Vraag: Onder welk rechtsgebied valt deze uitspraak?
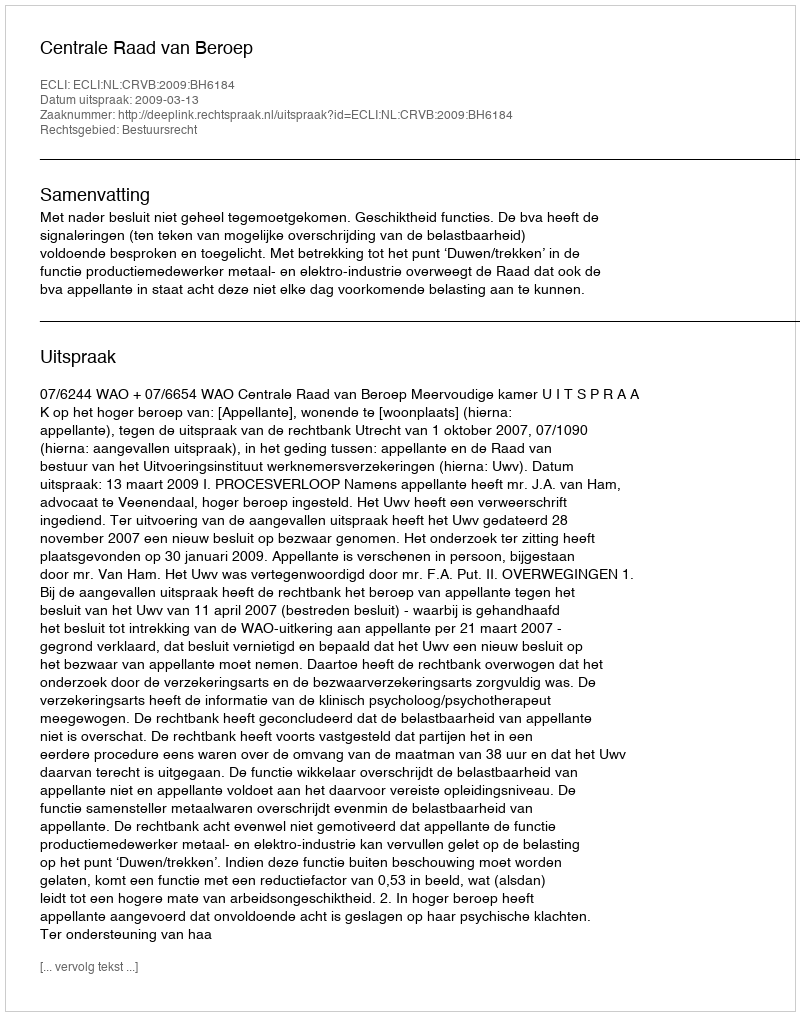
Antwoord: Bestuursrecht